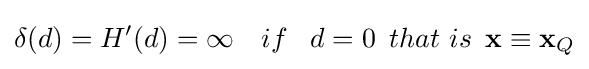
\delta (d)=H'(d)=\infty \,\,\,\,\,\,if\,\,\,\,\,d=0\,\,\,that\,\,is\,\,\,\mathbf {x} \equiv \mathbf {x} _{Q}